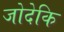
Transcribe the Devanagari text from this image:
जोदेकि